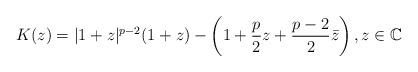
LaTeX: \begin{align*}K(z)= |1+z|^{p-2} (1+z) - \left( 1+ \frac{p}{2} z + \frac{p-2}{2} \bar{z} \right), z \in \mathbb{C}\end{align*}